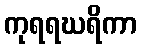
ကုရရဃရိကာ